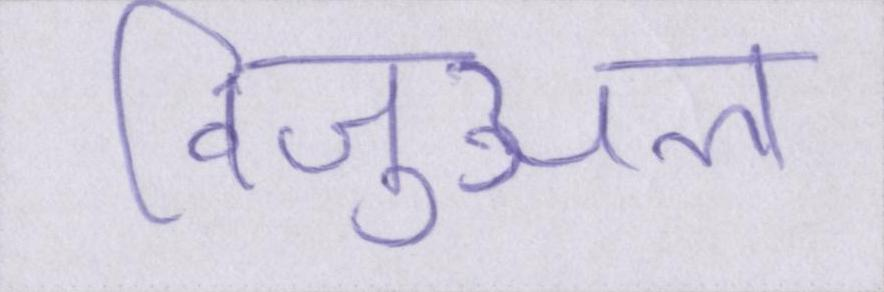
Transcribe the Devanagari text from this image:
विजुअल